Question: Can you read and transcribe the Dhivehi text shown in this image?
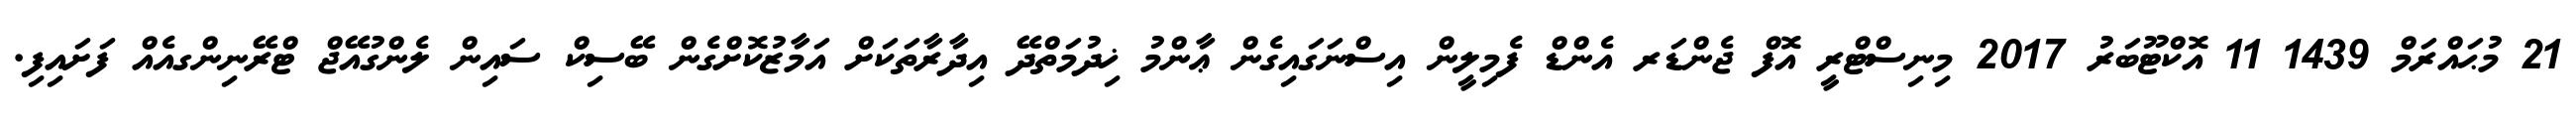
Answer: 21 މުޙައްރަމް 1439 11 އޮކްޓޫބަރު 2017 މިނިސްޓްރީ އޮފް ޖެންޑަރ އެންޑް ފެމިލީން އިސްނަގައިގެން ޢާންމު ޚިދުމަތްދޭ އިދާރާތަކަށް އަމާޒުކޮށްގެން ބޭސިކް ސައިން ލެންގުއޭޖް ޓްރޭނިންގއެއް ފަށައިފި.